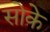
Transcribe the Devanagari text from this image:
सोके